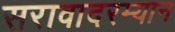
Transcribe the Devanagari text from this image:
सरावादरम्यान